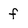
Character: f